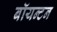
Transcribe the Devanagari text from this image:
बॉयन्टन